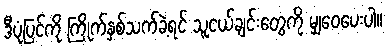
ဒီပုံပြင်ကို ကြိုက်နှစ်သက်ခဲ့ရင် သူငယ်ချင်းတွေကို မျှဝေပေးပါ။